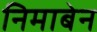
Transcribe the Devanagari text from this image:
निमाबेन